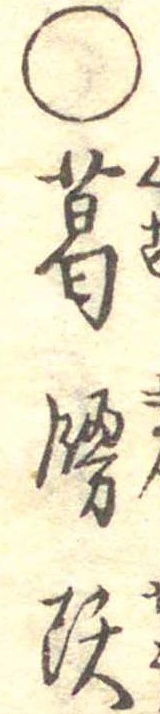
○葛饅頭